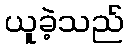
ယူခဲ့သည်